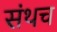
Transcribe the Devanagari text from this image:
संथच